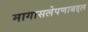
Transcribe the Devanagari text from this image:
मागासलेपणाबद्दल